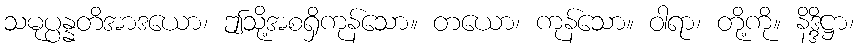
သမုပ္ပန္နတိအာဒယော၊ ဤသို့အစရှိကုန်သော။ တယော၊ ကုန်သော။ ဝါရာ၊ တို့ကို။ နိဒ္ဒိဋ္ဌာ၊